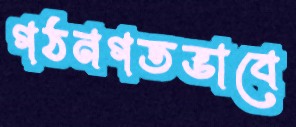
গঠনগতভাবে